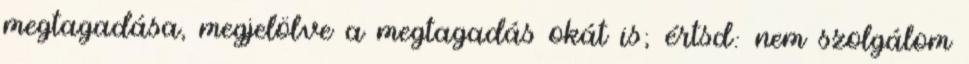
megtagadása, megjelölve a megtagadás okát is; értsd: nem szolgálom